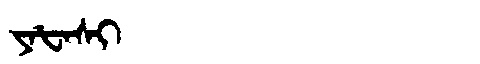
Manchu: ᠶᠠᡶᠠᠰᡳ
Romanization: YAFASI